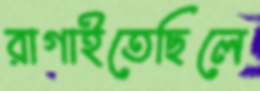
রাগাইতেছিলে